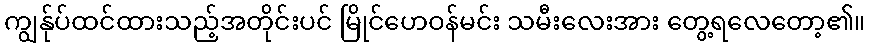
ကျွန်ုပ်ထင်ထားသည့်အတိုင်းပင် မြိုင်ဟေဝန်မင်း သမီးလေးအား တွေ့ရလေတော့၏။